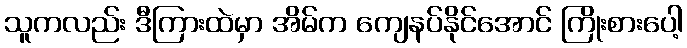
သူကလည်း ဒီကြားထဲမှာ အိမ်က ကျေနပ်နိုင်အောင် ကြိုးစားပေါ့